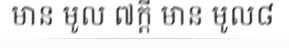
មាន មូល ៧ក្តី មាន មូល៨